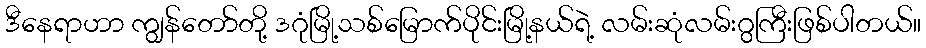
ဒီနေရာဟာ ကျွန်တော်တို့ ဒဂုံမြို့သစ်မြောက်ပိုင်းမြို့နယ်ရဲ့ လမ်းဆုံလမ်းဂွကြီးဖြစ်ပါတယ်။